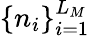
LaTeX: \{ n_{i}\} _{i=1}^{L_{M}}